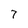
Character: T